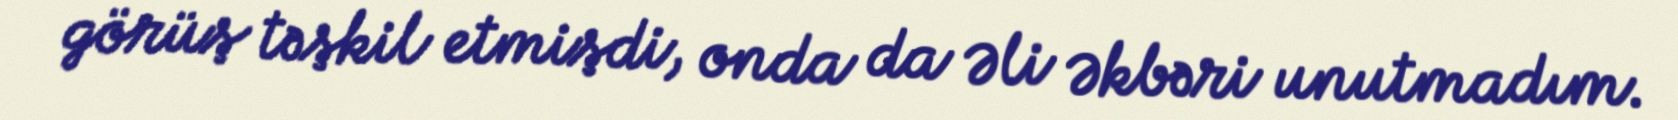
görüş təşkil etmişdi, onda da Əli Əkbəri unutmadım.